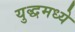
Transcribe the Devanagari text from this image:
युद्धमध्ये